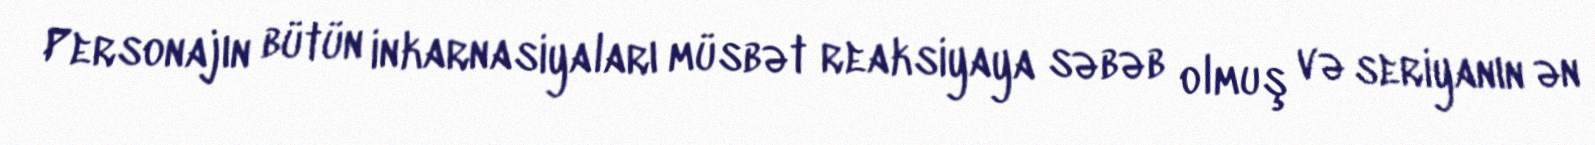
Personajın bütün inkarnasiyaları müsbət reaksiyaya səbəb olmuş və seriyanın ən